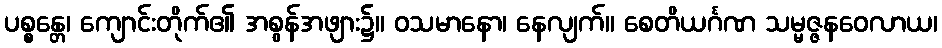
ပစ္စန္တေ၊ ကျောင်းတိုက်၏ အစွန်အဖျား၌။ ဝသမာနော၊ နေလျက်။ စေတိယင်္ဂဏ သမ္မဇ္ဇနဝေလာယ၊